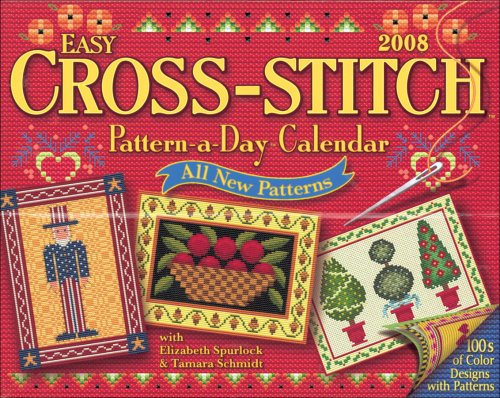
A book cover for Easy Cross-Stitch Pattern-a-Day: 2008 Day-to-Day Calendar; Tamara Schmidt; Calendars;